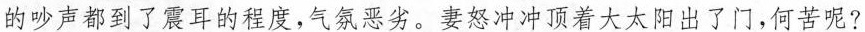
的吵声都到了震耳的程度,气氛恶劣。妻怒冲冲顶着大太阳出了门,何苦呢?